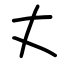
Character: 丈